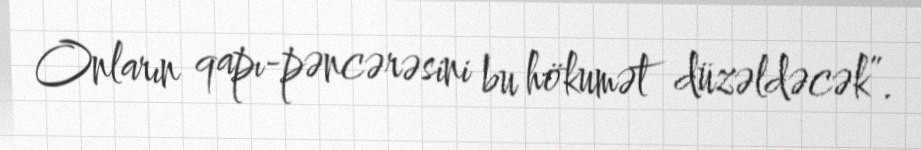
Onların qapı-pəncərəsini bu hökumət düzəldəcək”.